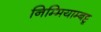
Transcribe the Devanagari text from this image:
निम्मियाम्बट्टू